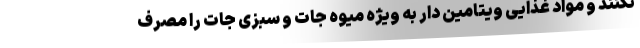
نکنند و مواد غذایی ویتامین دار به ویژه میوه جات و سبزی جات را مصرف